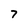
Character: 7